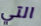
التي